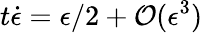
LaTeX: t\dot{\epsilon}=\epsilon/2+\mathcal{O}(\epsilon^{3})